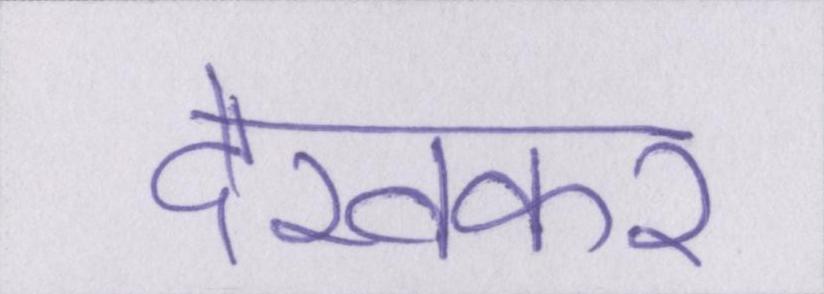
देखकर